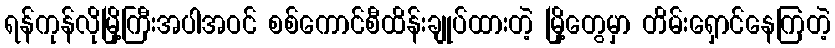
ရန်ကုန်လိုမြို့ကြီးအပါအဝင် စစ်ကောင်စီထိန်းချုပ်ထားတဲ့ မြို့တွေမှာ တိမ်းရှောင်နေကြတဲ့